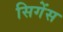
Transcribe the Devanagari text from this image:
सिगेंस